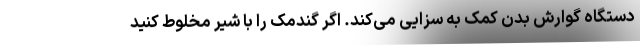
دستگاه گوارش بدن کمک به سزایی می‌کند. اگر گندمک را با شیر مخلوط کنید